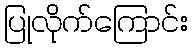
ပြုလိုက်ကြောင်း